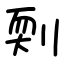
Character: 㓴